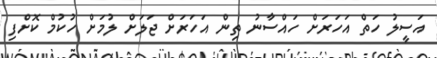
އަސީލު ހަތް އަހަރަށް ހައްސާނު ތިން އަހަރަށް ޖަލަށް ލުމަށް ހުކުމް ކޮށްފި